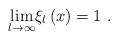
LaTeX: \begin{align*}\underset{l\rightarrow \infty }{\lim }\xi _{l}\left( x\right) =1\ .\end{align*}